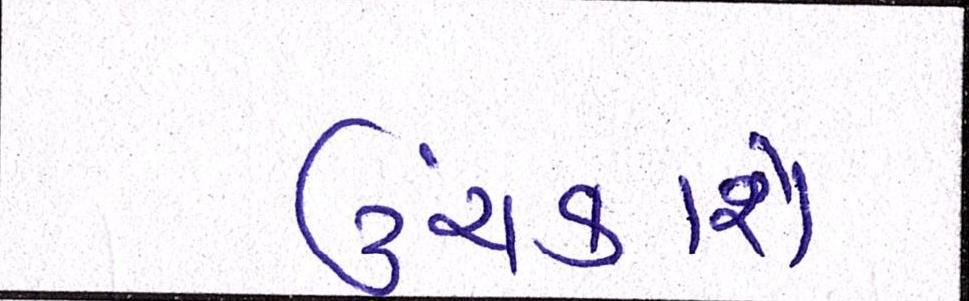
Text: ઉંચકાશે